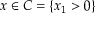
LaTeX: x \in C = \{ x _ { 1 } > 0 \}